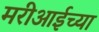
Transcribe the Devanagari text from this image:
मरीआईच्या